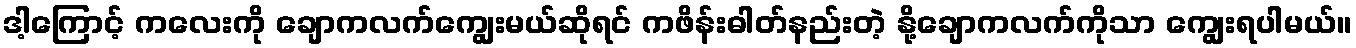
ဒါ့ကြောင့် ကလေးကို ချောကလက်ကျွေးမယ်ဆိုရင် ကဖိန်းဓါတ်နည်းတဲ့ နို့ချောကလက်ကိုသာ ကျွေးရပါမယ်။